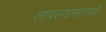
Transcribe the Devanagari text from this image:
लपल्यासारखी